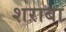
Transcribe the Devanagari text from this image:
शराबा